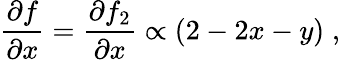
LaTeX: \frac{\partial f}{\partial x}=\frac{\partial f_{2}}{\partial x}\propto(2-2x-y)\; ,